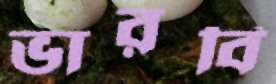
ভারবি